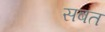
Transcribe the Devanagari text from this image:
सबत